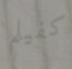
كفيلم